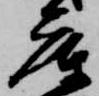
庫